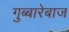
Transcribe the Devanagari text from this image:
गुब्बारेबाज